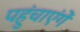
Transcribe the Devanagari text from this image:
पहुंचाएंगें